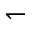
\leftharpoondown